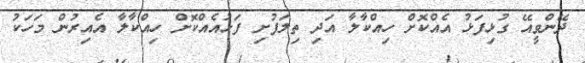
ދޭންވީއޭ ގުޅިފަޅު އެއްކޮށް ހިއްކާލާ އަދި ތިލަފުށި ފަޅުއެއްކޮށް ހިއްކާލާ އެއިރުން މަހަކު